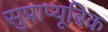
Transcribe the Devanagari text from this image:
सुप्राप्यूबिक